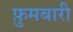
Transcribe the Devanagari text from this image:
फ़ुमबारी